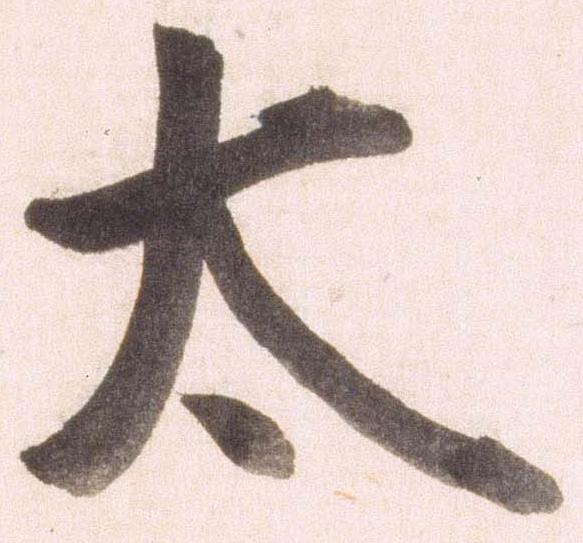
太